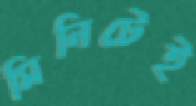
মিনিটেই